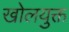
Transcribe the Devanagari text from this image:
खोलयुक्त